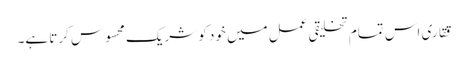
ققاری اس تمام تخلیقی عمل میں خود کو شریک محسوس کرتا ہے۔